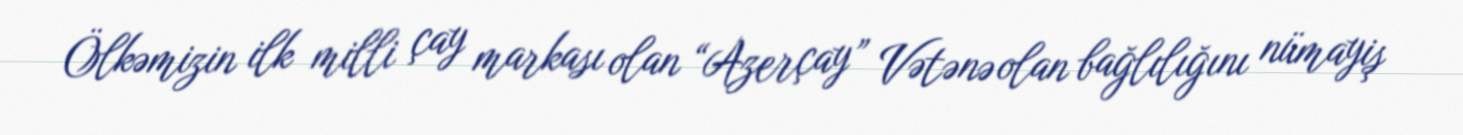
Ölkəmizin ilk milli çay markası olan “Azerçay” Vətənə olan bağlılığını nümayiş